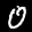
Label: 0